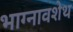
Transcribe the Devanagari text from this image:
भाग्नावशेथ